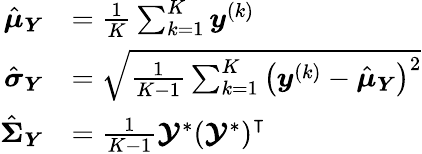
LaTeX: \begin{array}{rl}{\hat{\boldsymbol{\mu}}_{\boldsymbol{Y}}}&{=\frac{1}{K}\sum_{k=1}^{K}\boldsymbol{y}^{\left(k\right)}}\\ {\hat{\boldsymbol{\sigma}}_{\boldsymbol{Y}}}&{=\sqrt{\frac{1}{K-1}\sum_{k=1}^{K}\left(\boldsymbol{y}^{\left(k\right)}-\hat{\boldsymbol{\mu}}_{\boldsymbol{Y}}\right)^{2}}}\\ {\hat{\boldsymbol{\Sigma}}_{\boldsymbol{Y}}}&{=\frac{1}{K-1}\boldsymbol{\mathcal{Y}}^{\ast}\left(\boldsymbol{\mathcal{Y}}^{\ast}\right)^{\intercal}}\end{array}